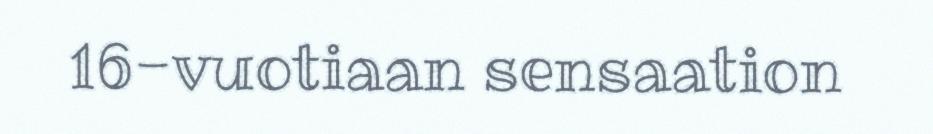
16-vuotiaan sensaation